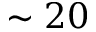
\sim 2 0